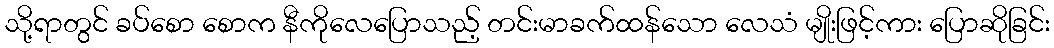
သို့ရာတွင် ခပ်စော စောက နီကိုလေပြောသည့် တင်းမာခက်ထန်သော လေသံ မျိုးဖြင့်ကား ပြောဆိုခြင်း